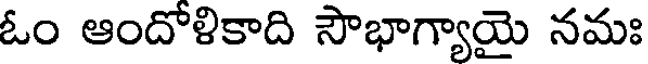
ఓం ఆందోళికాది సౌభాగ్యాయై నమః